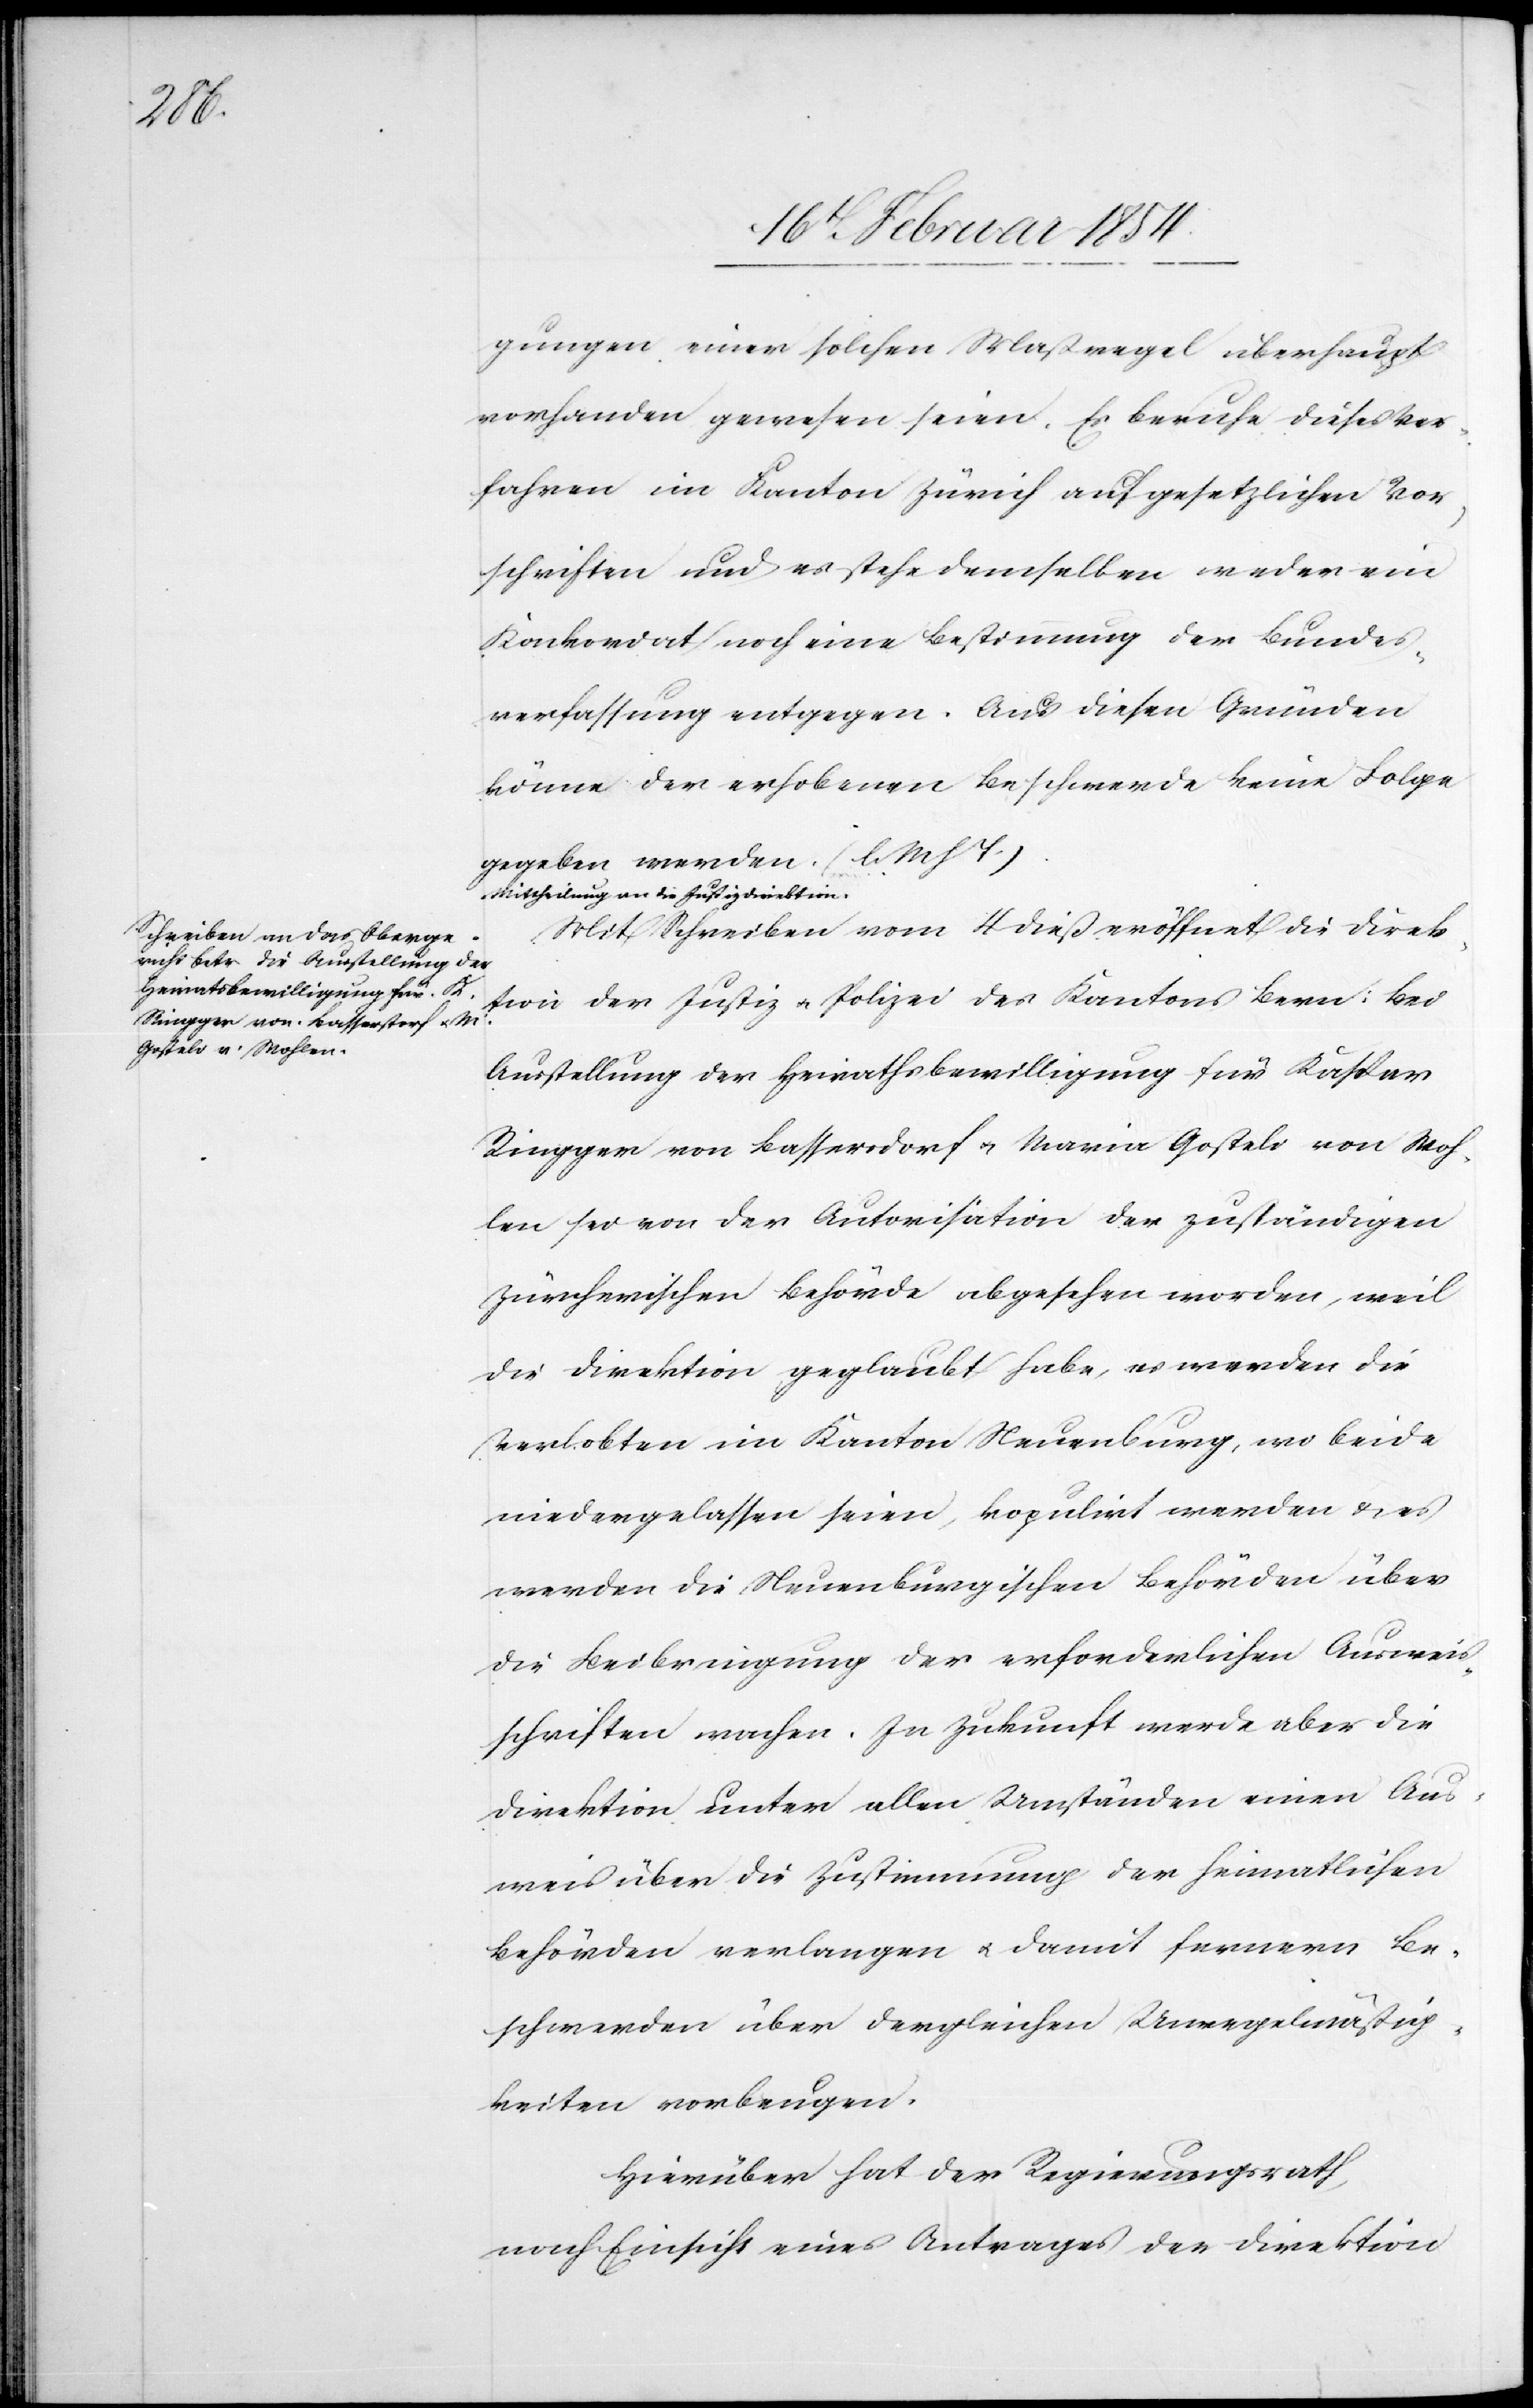
gungen einer solchen Maßregel überhaupt
vorhanden gewesen seien. Es beruhe dieses Ver¬
fahren im Kanton Zürich auf gesetzlichen Vor¬
schriften und es stehe demselben weder ein
Konkordat noch eine Bestimmung der Bundes¬
verfassung entgegen. Aus diesen Gründen
könne der erhobenen Beschwerde keine Folge
gegeben werden. (l. M. h. T.).
a-Mittheilung an die Justizdirektion.-a
Mit Schreiben vom 4 dieß eröffnet die Direk¬
tion der Justiz u. Polizei des Kantons Bern: Bei
Ausstellung der Heimathsbewilligung für Kaspar
Ringger von Bassersdorf u. Maria Gosteli von Woh¬
len sei von der Autorisation der zuständigen
zürcherischen Behörde abgesehen worden, weil
die Direktion geglaubt habe, es werden die
Verlobten im Kanton Neuenburg, wo beide
niedergelassen seien, kopulirt werden u. es
werden die Neuenburgischen Behörden über
die Beibringung der erforderlichen Ausweis¬
schriften wachen. In Zukunft werde aber die
Direktion unter allen Umständen einen Aus¬
weis über die Zustimmung der heimatlichen
Behörden verlangen u. damit fernern Be¬
schwerden über dergleichen Unregelmäßig¬
keiten vorbeugen.
Hierüber hat der Regierungsrath,
nach Einsicht eines Antrages der Direktion